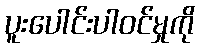
ပူးပေါင်းပါဝင်မှုကို